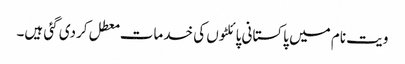
ویت نام میں پاکستانی پائلٹوں کی خدمات معطل کردی گئی ہیں۔